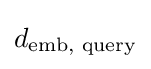
d_{\text{emb, query}}